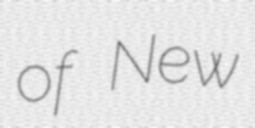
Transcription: of New